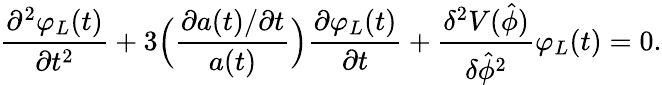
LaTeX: \frac{\partial^{2}\varphi_{L}(t)}{\partial t^{2}}+3\Bigl(\frac{\partial a(t)/\partial t}{a(t)}\Bigr)\frac{\partial\varphi_{L}(t)}{\partial t}+\frac{\delta^{2}V(\hat{\phi})}{\delta\hat{\phi}^{2}}\varphi_{L}(t)=0.